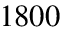
1 8 0 0